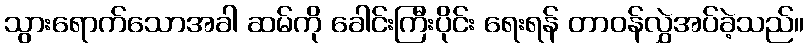
သွားရောက်သောအခါ ဆမ်ကို ခေါင်းကြီးပိုင်း ရေးရန် တာဝန်လွှဲအပ်ခဲ့သည်။